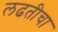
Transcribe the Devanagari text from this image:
लढतीचा